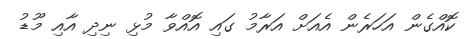
ކޮއްގެން އަހަރެން އެއަށް އަރާމު ގައި އޮއްވާ މުޅި ނިދި އާއި މޫޑު